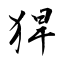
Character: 猂